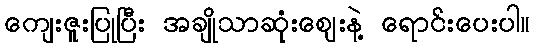
ကျေးဇူးပြုပြီး အချိုသာဆုံးဈေးနဲ့ ရောင်းပေးပါ။